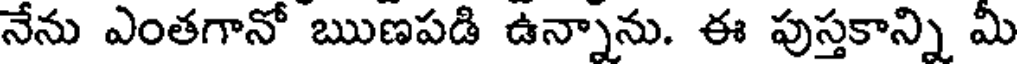
నేను ఎంతగానో ఋణపడి ఉన్నాను. ఈ పుస్తకాన్ని మీ